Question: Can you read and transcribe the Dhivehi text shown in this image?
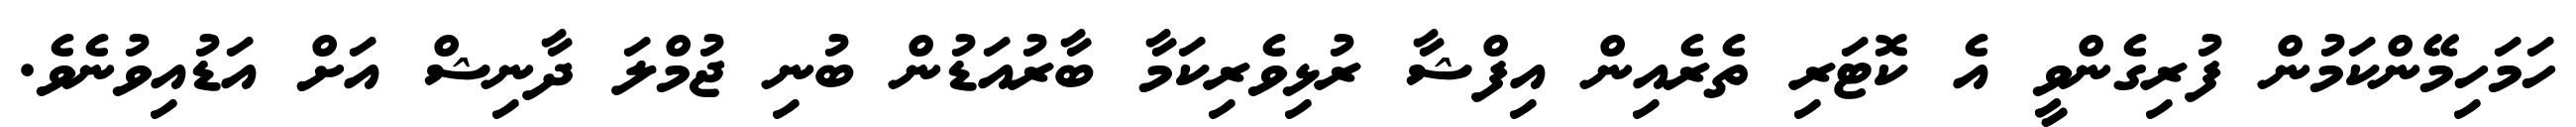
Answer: ހަމަހިމޭންކަމުން ފުރިގެންވީ އެ ކޮޓަރި ތެރެއިން އިފްޝާ ރުޅިވެރިކަމާ ބާރުއަޑުން ބުނި ޖުމްލަ ދާނިޝް އަށް އަޑުއިވުނެވެ.